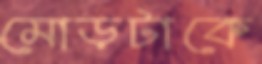
মোড়টাকে